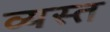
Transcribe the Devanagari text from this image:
व्‍यस्त